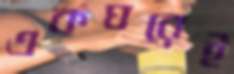
একঘরেই